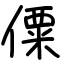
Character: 僳